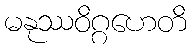
မနုဿဝိဂ္ဂဟေတိ